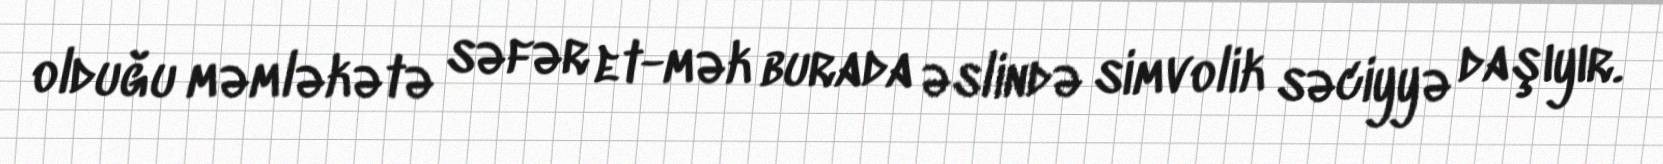
olduğu məmləkətə səfər et-mək burada əslində simvolik səciyyə daşıyır.